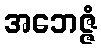
အဘေဇ္ဇံ